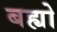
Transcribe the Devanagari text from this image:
बह्यो